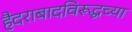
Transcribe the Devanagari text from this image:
हैदराबादविरूद्धच्या